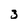
Character: 3